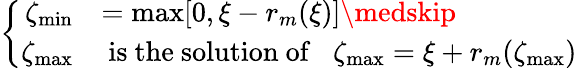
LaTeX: \left\{ \begin{array}{rll}{\zeta_{\operatorname*{min}}}&{=\operatorname*{max}[0,\xi-r_{m}(\xi)]\medskip}\\ {\zeta_{\operatorname*{max}}}&{\mathrm{~is~the~solution~of~}\; \; \zeta_{\operatorname*{max}}=\xi+r_{m}(\zeta_{\operatorname*{max}})}\end{array}\right.